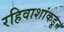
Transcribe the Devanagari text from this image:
रहिवाशांकडून